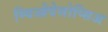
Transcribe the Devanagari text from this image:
म्यिओदेसोप्सिअ